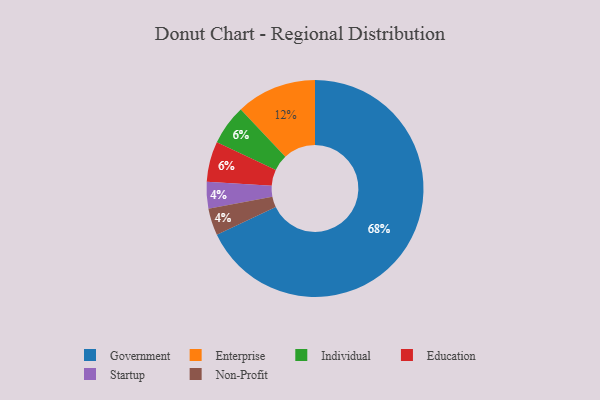
{"axis": {"x": "Category", "y": "Percentage"}, "legend": ["Education", "Enterprise", "Government", "Individual", "Non-Profit", "Startup"], "data": [{"x": "Enterprise", "y": 12, "type": "Enterprise"}, {"x": "Startup", "y": 4, "type": "Startup"}, {"x": "Non-Profit", "y": 4, "type": "Non-Profit"}, {"x": "Individual", "y": 6, "type": "Individual"}, {"x": "Education", "y": 6, "type": "Education"}, {"x": "Government", "y": 68, "type": "Government"}]}